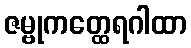
ဇမ္ဗုကတ္ထေရဂါထာ